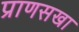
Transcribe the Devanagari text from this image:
प्राणसखा